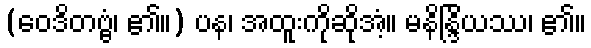
(ဝေဒိတဗ္ဗံ၊ ၏။) ပန၊ အထူးကိုဆိုအံ့။ မနိန္ဒြိယဿ၊ ၏။